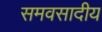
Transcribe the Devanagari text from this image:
समवसादीय